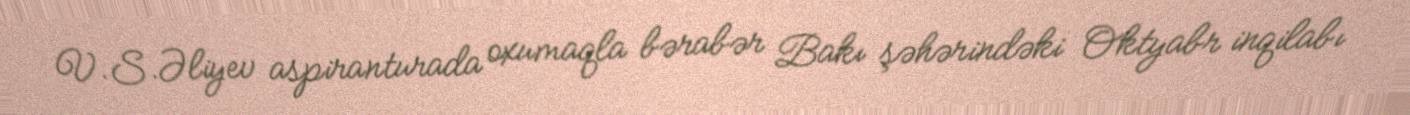
V.S.Əliyev aspiranturada oxumaqla bərabər Bakı şəhərindəki Oktyabr inqilabı